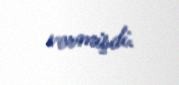
vermişdi.